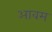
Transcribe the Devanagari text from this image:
आवम